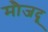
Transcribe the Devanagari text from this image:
मौजदू